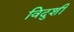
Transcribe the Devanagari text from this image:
विदुशी